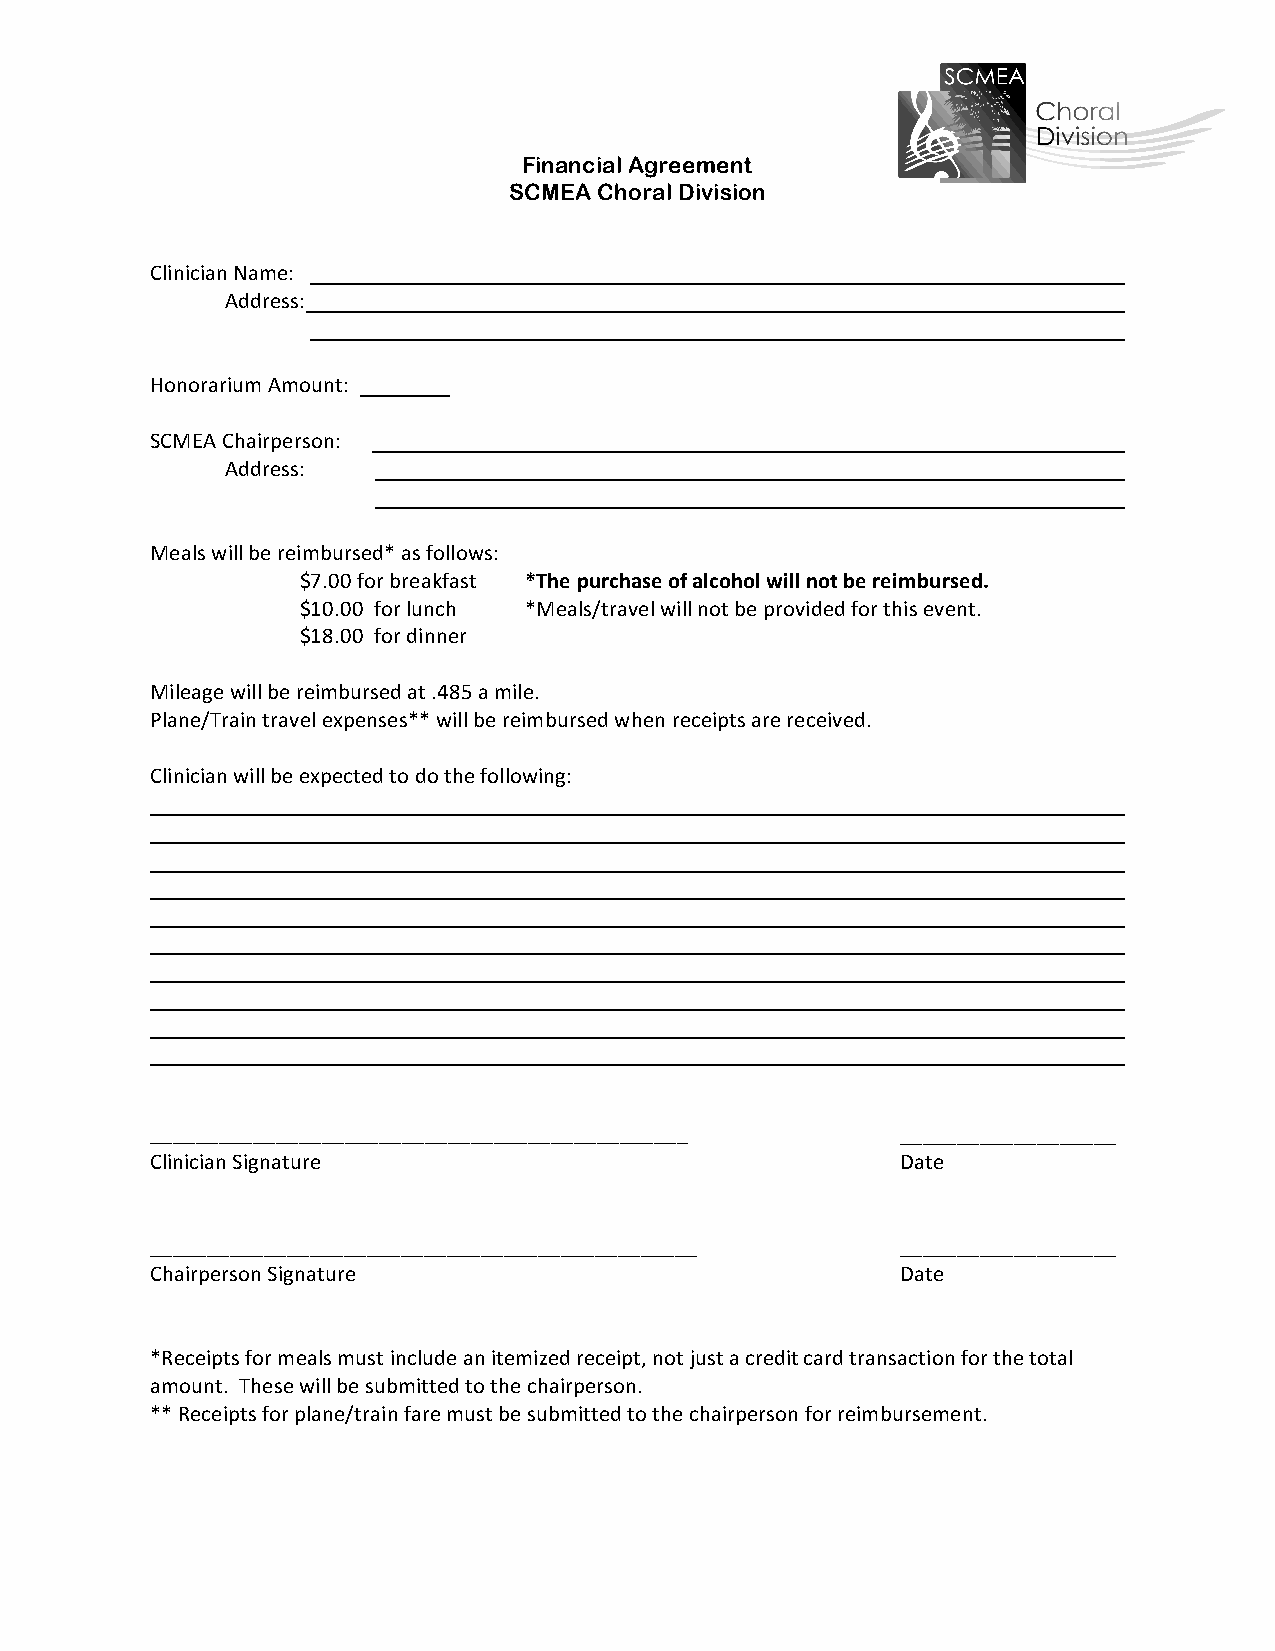
Financial Agreement
 SCMEA Choral Division
 Clinician Name:
 Address:
 Honorarium Amount:
 SCMEA Chairperson:
 Address:
 Meals will be reimbursed* as follows:
 $7.00 for breakfast *The purchase of alcohol will not be reimbursed.
 $10.00 for lunch *Meals/travel will not be provided for this event.
 $18.00 for dinner
 Mileage will be reimbursed at .485 a mile.
 Plane/Train travel expenses** will be reimbursed when receipts are received.
 Clinician will be expected to do the following:
 _______________________________________________   ___________________
 Clinician Signature                               Date
 ________________________________________________  ___________________
 Chairperson Signature                             Date
 *Receipts for meals must include an itemized receipt, not just a credit card transaction for the total
 amount. These will be submitted to the chairperson.
 ** Receipts for plane/train fare must be submitted to the chairperson for reimbursement.